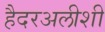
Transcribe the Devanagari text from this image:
हैदरअलीशी